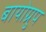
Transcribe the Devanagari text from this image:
बायोग्रुप